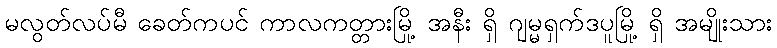
မလွတ်လပ်မီ ခေတ်ကပင် ကာလကတ္တားမြို့ အနီး ရှိ ဂျမ္မရှက်ဒပူမြို့ ရှိ အမျိုးသား